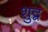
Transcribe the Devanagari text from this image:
शुद्ब